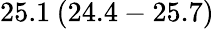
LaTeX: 25.1\: (24.4-25.7)